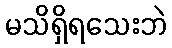
မသိရှိရသေးဘဲ